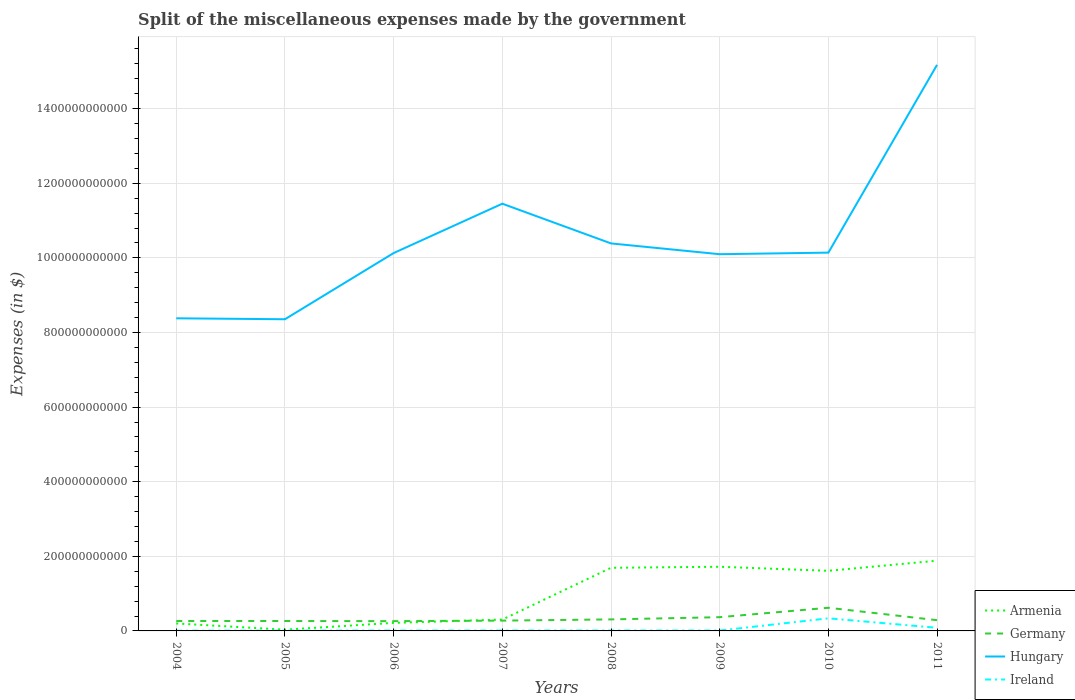
| Years | Armenia | Germany | Hungary | Ireland |
 | --- | --- | --- | --- | --- |
 | 2004 | 2e+10 | 2.66e+10 | 8.38e+11 | 5.91e+08 |
 | 2005 | 3.3e+09 | 2.66e+10 | 8.36e+11 | 7.97e+08 |
 | 2006 | 2.16e+10 | 2.62e+10 | 1.01e+12 | 9.16e+08 |
 | 2007 | 3.04e+10 | 2.76e+10 | 1.15e+12 | 9.75e+08 |
 | 2008 | 1.69e+11 | 3.09e+10 | 1.04e+12 | 1.01e+09 |
 | 2009 | 1.72e+11 | 3.68e+10 | 1.01e+12 | 9.94e+08 |
 | 2010 | 1.61e+11 | 6.21e+10 | 1.01e+12 | 3.38e+10 |
 | 2011 | 1.88e+11 | 2.88e+10 | 1.52e+12 | 8.39e+09 |